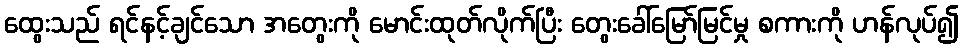
ထွေးသည် ရင်နင့်ချင်သော အတွေးကို မောင်းထုတ်လိုက်ပြီး တွေးခေါ်မြော်မြင်မှု စကားကို ဟန်လုပ်၍